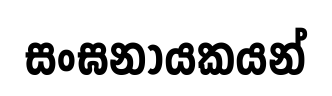
සංඝනායකයන්